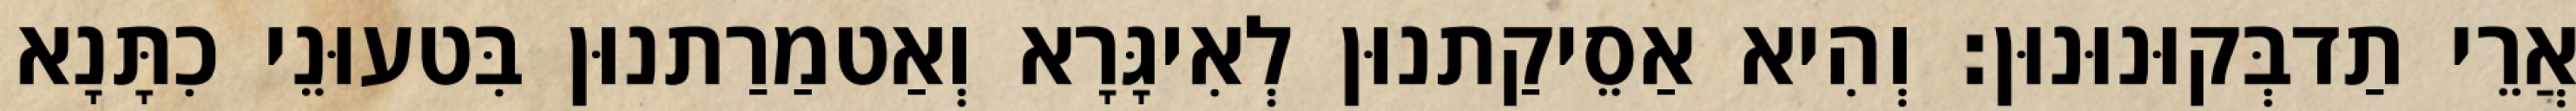
אֲרֵי תַדבְּקוּנוּנוּן׃ וְהִיא אַסֵיקַתנוּן לְאִיגָּרָא וְאַטמַרַתנוּן בִּטעוּנֵי כִתָּנָא